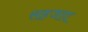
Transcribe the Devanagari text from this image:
सहजाद